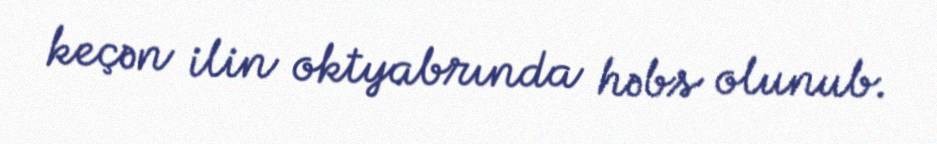
keçən ilin oktyabrında həbs olunub.